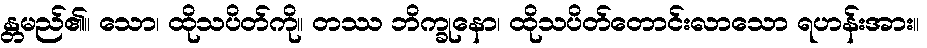
န္တမည်၏။ သော၊ ထိုသပိတ်ကို။ တဿ ဘိက္ခုနော၊ ထိုသပိတ်တောင်းလာသော ရဟန်းအား။